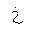
Letter: _kha